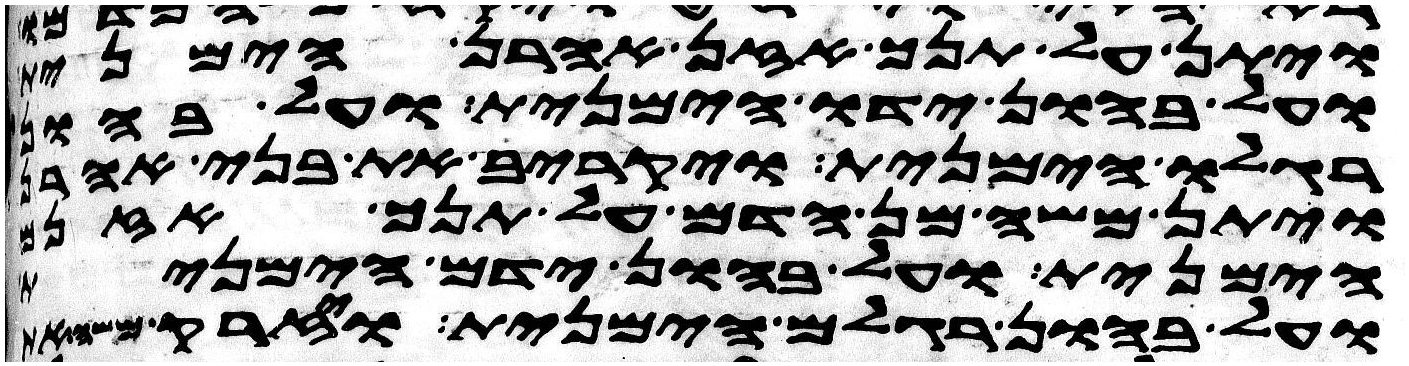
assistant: ויתן על תנך אזן אהרן הימנית
ועל בהון ידו הימנית ועל בהון
רגלו הימנית ויקריב את בני אהרן
ויתן משה מן הדם על תנך אזנם
הימנית ועל בהון ידם הימנית
ועל בהון רגלם הימנית ויזרק משה